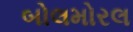
બોલમોરલ